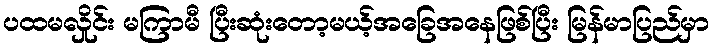
ပထမလှိုင်း မကြာမီ ပြီးဆုံးတော့မယ့်အခြေအနေဖြစ်ပြီး မြန်မာပြည်မှာ